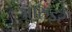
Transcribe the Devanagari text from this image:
आरुइरे